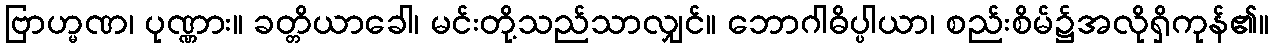
ဗြာဟ္မဏ၊ ပုဏ္ဏား။ ခတ္တိယာခေါ၊ မင်းတို့သည်သာလျှင်။ ဘောဂါဓိပ္ပါယာ၊ စည်းစိမ်၌အလိုရှိကုန်၏။